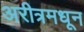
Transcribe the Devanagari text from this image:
अरीत्रमधून